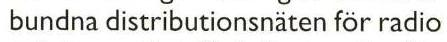
bundna distributionsnäten för radio